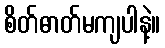
စိတ်ဓာတ်မကျပါနဲ့။